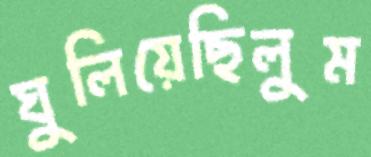
ঘুলিয়েছিলুম